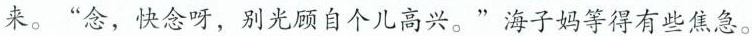
来。”念，快念呀，别光顾自个儿高兴。”海子妈等得有些焦急。